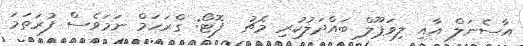
އާސެނަލް އާއި ލިވަޕޫލް ބައްދަލުކުރި މެޗު  ފޮޓޯ: ގްރަހަމް ނަމަވެސް ފުރަތަމަ